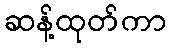
ဆန့်ထုတ်ကာ